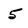
Character: 5